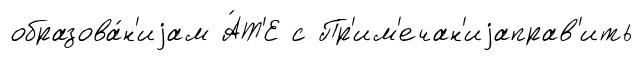
образова́н'иjам А́Т'Е с Пр'им'ечан'иjаправ'ить